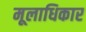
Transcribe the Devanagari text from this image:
मूलाधिकार